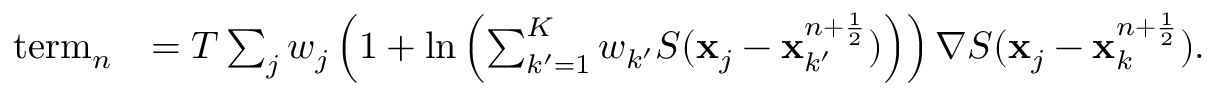
\begin{array} { r l } { \mathrm { t e r m } _ { n } } & { = T \sum _ { j } w _ { j } \left( 1 + \ln \left( \sum _ { k ^ { \prime } = 1 } ^ { K } { w _ { k ^ { \prime } } } S ( { { \mathbf x } } _ { j } - { { \mathbf x } } _ { k ^ { \prime } } ^ { n + \frac { 1 } { 2 } } ) \right) \right) \nabla S ( { { \mathbf x } } _ { j } - { { \mathbf x } } _ { k } ^ { n + \frac { 1 } { 2 } } ) . } \end{array}